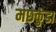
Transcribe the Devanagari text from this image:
मछकुंडा